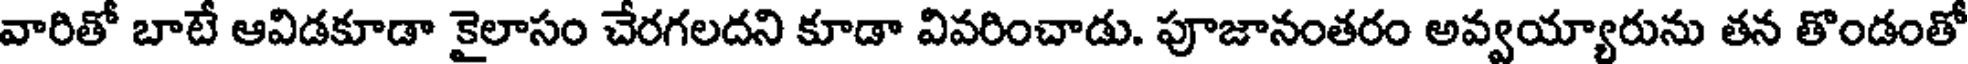
వారితో బాటే ఆవిడకూడా కైలాసం చేరగలదని కూడా వివరించాడు. పూజానంతరం అవ్వయ్యారును తన తొండంతో